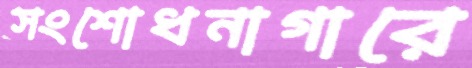
সংশোধনাগারে